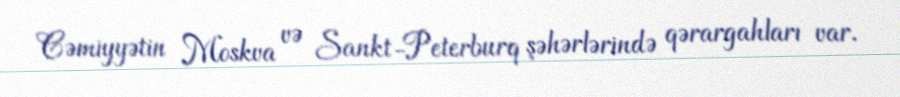
Cəmiyyətin Moskva və Sankt-Peterburq şəhərlərində qərargahları var.